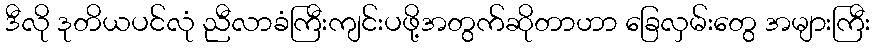
ဒီလို ဒုတိယပင်လုံ ညီလာခံကြီးကျင်းပဖို့အတွက်ဆိုတာဟာ ခြေလှမ်းတွေ အများကြီး